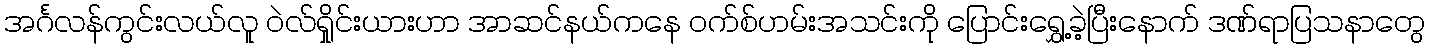
အင်္ဂလန်ကွင်းလယ်လူ ဝဲလ်ရှိုင်းယားဟာ အာဆင်နယ်ကနေ ဝက်စ်ဟမ်းအသင်းကို ပြောင်းရွှေ့ခဲ့ပြီးနောက် ဒဏ်ရာပြသနာတွေ